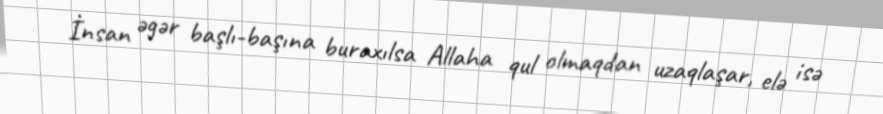
İnsan əgər başlı-başına buraxılsa Allaha qul olmaqdan uzaqlaşar, elə isə